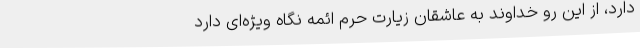
دارد، از این رو خداوند به عاشقان زیارت حرم ائمه نگاه ویژه‌ای دارد